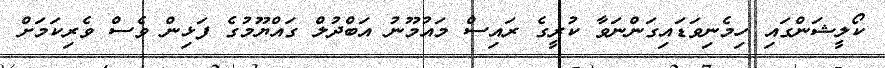
ކޯލީޝަންގައި ހިމެނިވަޑައިގަންނަވާ ކުރީގެ ރައިސް މައުމޫނު އަބްދުލް ގައްޔޫމުގެ ފަޅިން ވެސް ވެރިކަމަށް